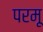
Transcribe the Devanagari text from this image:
परमू